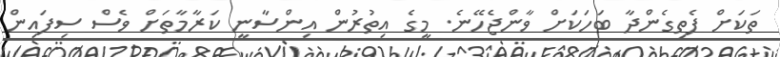
ތަކަށް ފެތިގެންދާ ބަހަކަށް ވާންޖެހޭނެ. މީގެ އިތުރުން އިންސާނީ ކަރާމާތަށް ވެސް ސިފައިން